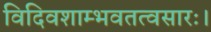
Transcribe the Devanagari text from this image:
विदिवशाम्भवतत्वसारः।